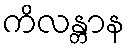
ကိလန္တာန